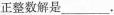
正整数解是_____.